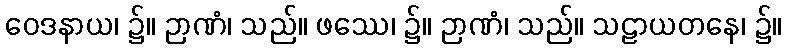
ဝေဒနာယ၊ ၌။ ဉာဏံ၊ သည်။ ဖဿေ၊ ၌။ ဉာဏံ၊ သည်။ သဠာယတနေ၊ ၌။